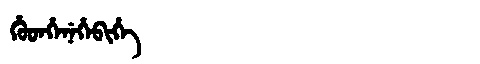
Manchu: ᡥᡠᡨᡥᡝᠨᡝᡥᡝᠪᡳᡥᡝ
Romanization: HUTHENEHEBIHE